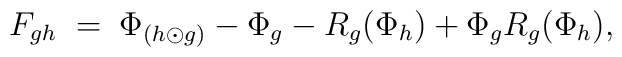
F_{gh} \; = \; \Phi_{(h \odot g)} - \Phi_g -R_g (\Phi_h) +\Phi_g R_g(\Phi_h),